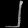
Digit: ၂